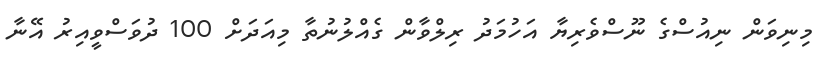
މިނިވަން ނިއުސްގެ ނޫސްވެރިޔާ އަހުމަދު ރިލްވާން ގެއްލުނުތާ މިއަދަށް 100 ދުވަސްވީއިރު އޭނާ